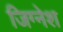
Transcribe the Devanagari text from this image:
जिग्नेश